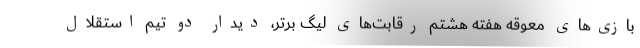
بازی‌های معوقه هفته هشتم رقابت‌های لیگ برتر، دیدار دو تیم استقلال